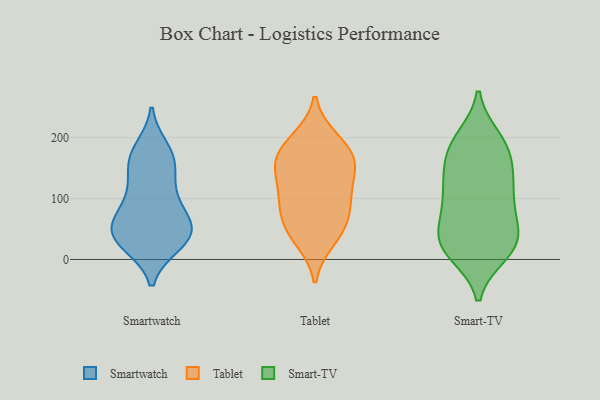
{"axis": {"x": "Market Share (%)", "y": "Value"}, "legend": ["Smart-TV", "Smartwatch", "Tablet"], "data": [{"x": "", "y": 71, "type": "Smartwatch"}, {"x": "", "y": 82, "type": "Smartwatch"}, {"x": "", "y": 26, "type": "Smartwatch"}, {"x": "", "y": 48, "type": "Smartwatch"}, {"x": "", "y": 166, "type": "Smartwatch"}, {"x": "", "y": 26, "type": "Smartwatch"}, {"x": "", "y": 54, "type": "Smartwatch"}, {"x": "", "y": 180, "type": "Smartwatch"}, {"x": "", "y": 163, "type": "Smartwatch"}, {"x": "", "y": 43, "type": "Smartwatch"}, {"x": "", "y": 158, "type": "Smartwatch"}, {"x": "", "y": 112, "type": "Smartwatch"}, {"x": "", "y": 115, "type": "Smartwatch"}, {"x": "", "y": 41, "type": "Smartwatch"}, {"x": "", "y": 41, "type": "Smartwatch"}, {"x": "", "y": 54, "type": "Tablet"}, {"x": "", "y": 156, "type": "Tablet"}, {"x": "", "y": 31, "type": "Tablet"}, {"x": "", "y": 116, "type": "Tablet"}, {"x": "", "y": 75, "type": "Tablet"}, {"x": "", "y": 195, "type": "Tablet"}, {"x": "", "y": 166, "type": "Tablet"}, {"x": "", "y": 104, "type": "Tablet"}, {"x": "", "y": 101, "type": "Tablet"}, {"x": "", "y": 39, "type": "Tablet"}, {"x": "", "y": 198, "type": "Tablet"}, {"x": "", "y": 74, "type": "Tablet"}, {"x": "", "y": 168, "type": "Tablet"}, {"x": "", "y": 144, "type": "Tablet"}, {"x": "", "y": 158, "type": "Tablet"}, {"x": "", "y": 198, "type": "Smart-TV"}, {"x": "", "y": 17, "type": "Smart-TV"}, {"x": "", "y": 27, "type": "Smart-TV"}, {"x": "", "y": 190, "type": "Smart-TV"}, {"x": "", "y": 113, "type": "Smart-TV"}, {"x": "", "y": 134, "type": "Smart-TV"}, {"x": "", "y": 97, "type": "Smart-TV"}, {"x": "", "y": 184, "type": "Smart-TV"}, {"x": "", "y": 80, "type": "Smart-TV"}, {"x": "", "y": 23, "type": "Smart-TV"}, {"x": "", "y": 42, "type": "Smart-TV"}, {"x": "", "y": 60, "type": "Smart-TV"}, {"x": "", "y": 85, "type": "Smart-TV"}, {"x": "", "y": 10, "type": "Smart-TV"}, {"x": "", "y": 188, "type": "Smart-TV"}, {"x": "", "y": 32, "type": "Smart-TV"}, {"x": "", "y": 139, "type": "Smart-TV"}, {"x": "", "y": 18, "type": "Smart-TV"}, {"x": "", "y": 132, "type": "Smart-TV"}, {"x": "", "y": 163, "type": "Smart-TV"}]}